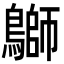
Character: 鶳